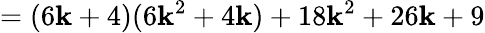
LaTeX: =(6\mathbf{k}+4)(6\mathbf{k}^{2}+4\mathbf{k})+18\mathbf{k}^{2}+26\mathbf{k}+9